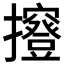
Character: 𢹑